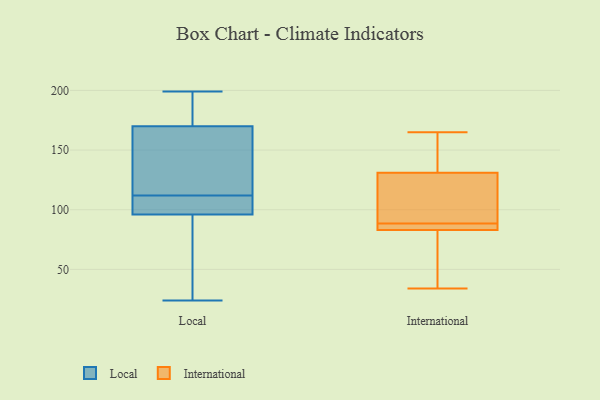
{"axis": {"x": "Population (Million)", "y": "Value"}, "legend": ["International", "Local"], "data": [{"x": "", "y": 144, "type": "Local"}, {"x": "", "y": 199, "type": "Local"}, {"x": "", "y": 180, "type": "Local"}, {"x": "", "y": 24, "type": "Local"}, {"x": "", "y": 109, "type": "Local"}, {"x": "", "y": 96, "type": "Local"}, {"x": "", "y": 100, "type": "Local"}, {"x": "", "y": 112, "type": "Local"}, {"x": "", "y": 83, "type": "Local"}, {"x": "", "y": 170, "type": "Local"}, {"x": "", "y": 190, "type": "Local"}, {"x": "", "y": 99, "type": "Local"}, {"x": "", "y": 121, "type": "Local"}, {"x": "", "y": 171, "type": "Local"}, {"x": "", "y": 142, "type": "Local"}, {"x": "", "y": 112, "type": "Local"}, {"x": "", "y": 95, "type": "Local"}, {"x": "", "y": 69, "type": "Local"}, {"x": "", "y": 84, "type": "International"}, {"x": "", "y": 165, "type": "International"}, {"x": "", "y": 83, "type": "International"}, {"x": "", "y": 92, "type": "International"}, {"x": "", "y": 65, "type": "International"}, {"x": "", "y": 127, "type": "International"}, {"x": "", "y": 85, "type": "International"}, {"x": "", "y": 34, "type": "International"}, {"x": "", "y": 152, "type": "International"}, {"x": "", "y": 131, "type": "International"}]}